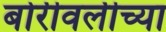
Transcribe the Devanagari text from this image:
बोरीवलीच्या